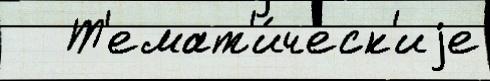
   Т'емат'и́ческ'иjе